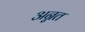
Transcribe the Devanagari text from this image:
अन्नत